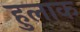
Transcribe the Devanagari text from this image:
हुलाक